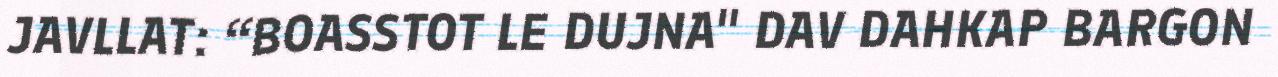
JAVLLAT: “BOASSTOT LE DUJNA" DAV DAHKAP BARGON